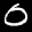
Label: 0